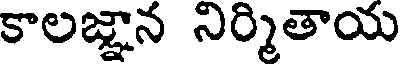
కాలజ్ఞాన నిర్మితాయ